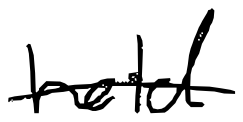
Text: held
Cross-out: single-line
Writing tool: digital_black